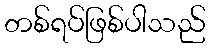
တစ်ရပ်ဖြစ်ပါသည်